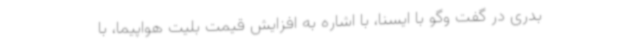
بدری در گفت وگو با ایسنا، با اشاره به افزایش قیمت بلیت هواپیما، با